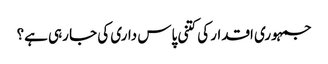
جمہوری اقدار کی کتنی پاس داری کی جا رہی ہے؟